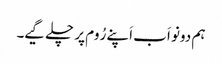
ہم دونو اَب اَپنے رُوم پر چلے گیے۔